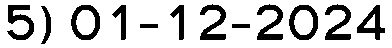
5) 01-12-2024